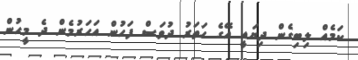
ކަމެއް ލިބިގެން ދިޔައީ އޭގެ ހަަތަރު ދުވަސް ފަަހުން އަހަރުމެން ދެ މީހުން